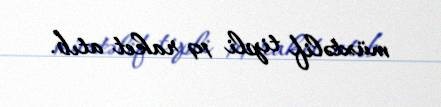
müxtəlif tipli 19 raket atıb.